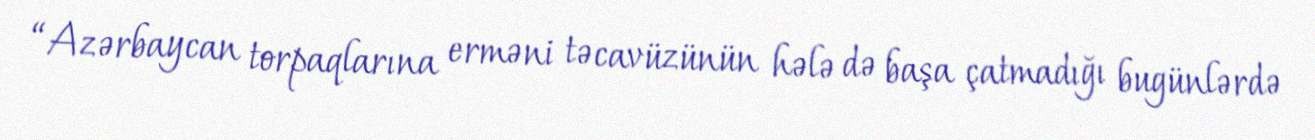
“Azərbaycan torpaqlarına erməni təcavüzünün hələ də başa çatmadığı bugünlərdə